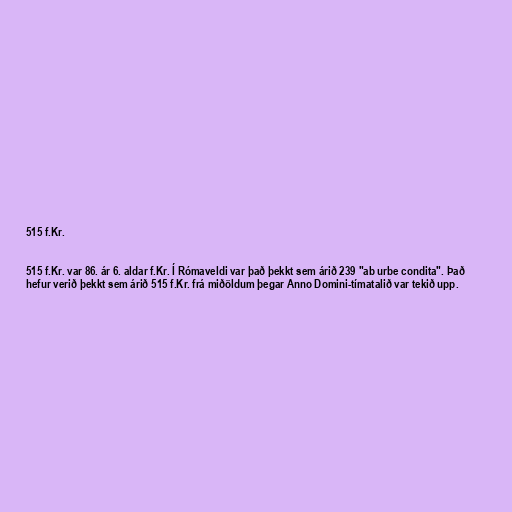
515 f.Kr.

515 f.Kr. var 86. ár 6. aldar f.Kr. Í Rómaveldi var það þekkt sem árið 239 "ab urbe condita". Það
hefur verið þekkt sem árið 515 f.Kr. frá miðöldum þegar Anno Domini-tímatalið var tekið upp.